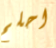
احلم